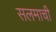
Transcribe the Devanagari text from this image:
सलमाची